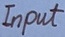
Text: Input